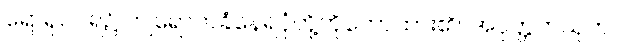
ရောရုဝငရဲ၌ ကျရောက်ခံနေရပုံတို့ကိုဟောထား၏။ အပုတ္တကသုတ်၊